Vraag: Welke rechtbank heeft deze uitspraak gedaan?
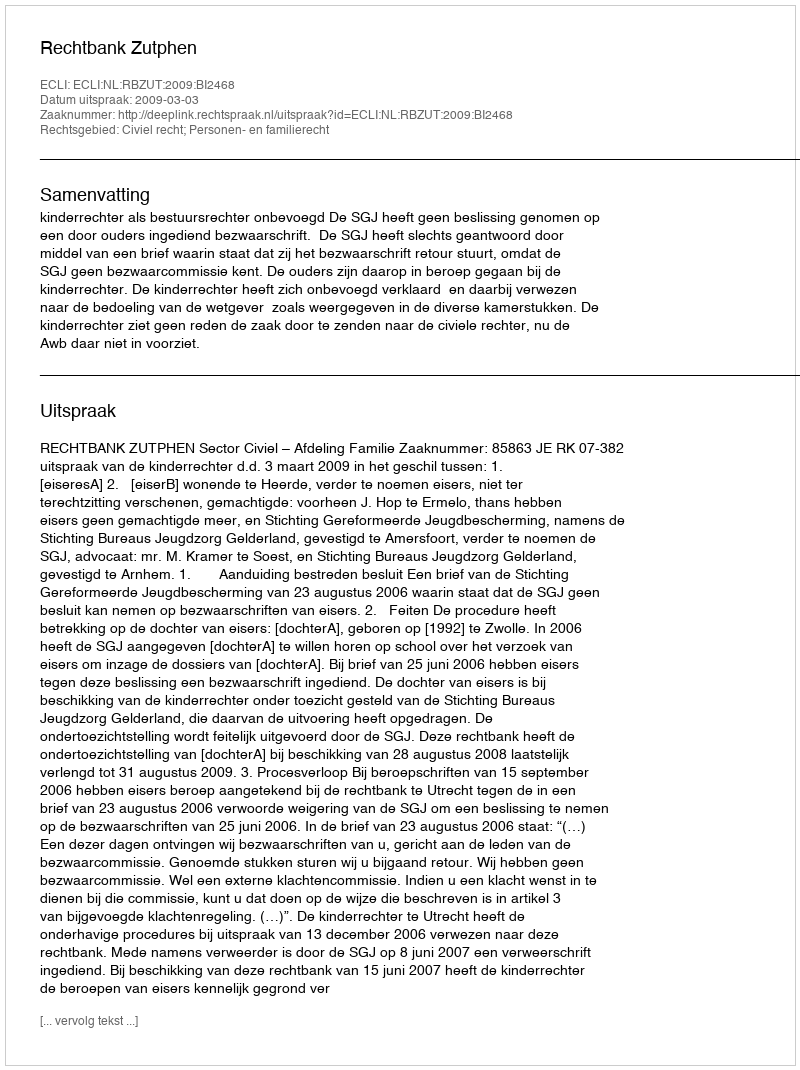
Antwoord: Rechtbank Zutphen